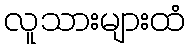
လူသားများထံ